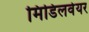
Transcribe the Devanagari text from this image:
मिडिलवेयर